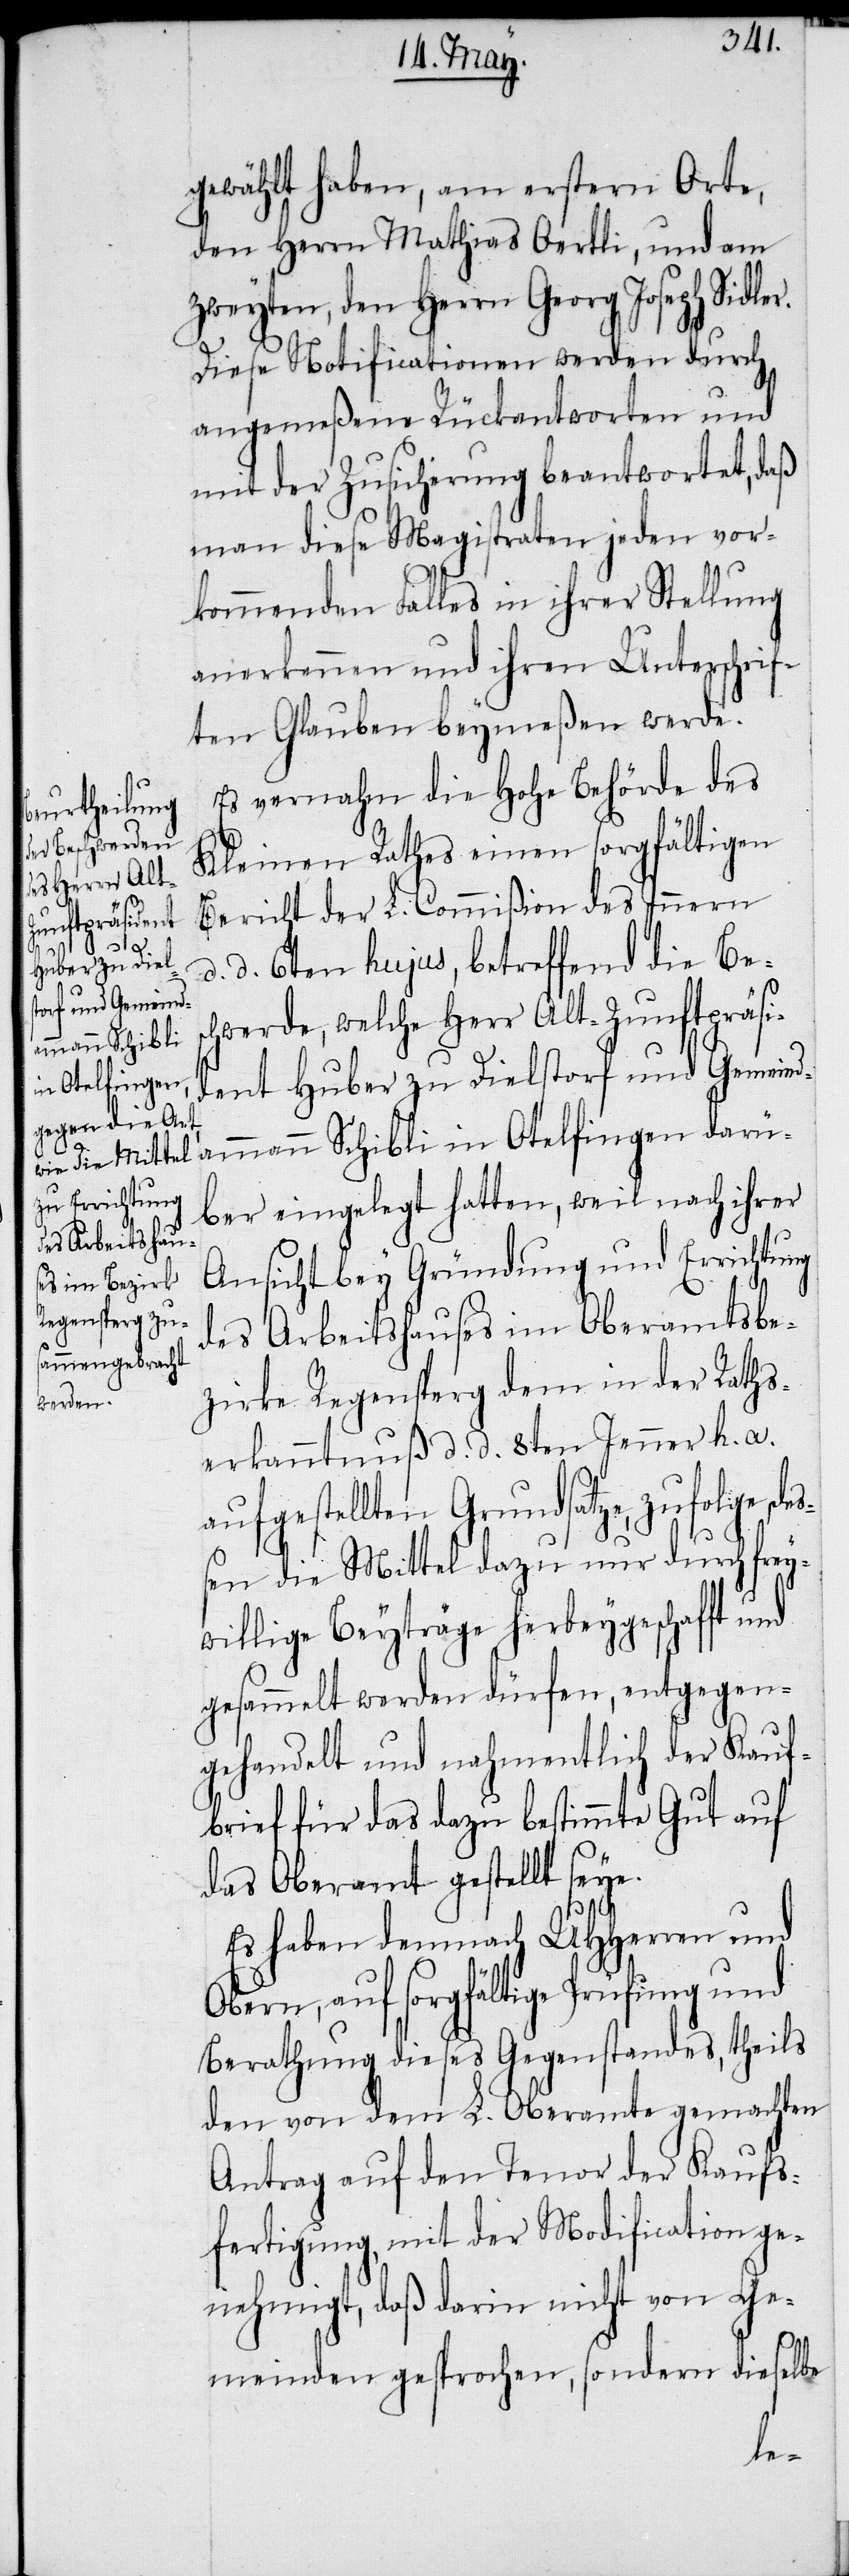
gewählt haben, am erstern Orte,
den Herrn Mathias Oertli, und am
zweyten, den Herrn Georg Joseph Sidler.
Diese Notificationen werden durch
angemeßene Rückantworten und
mit der Zusicherung beantwortet, daß
man diese Magistraten jeden vor¬
kommenden Falls in ihrer Stellung
anerkennen und ihren Unterschrif¬
ten Glauben beymeßen werde.
Es vernahm die Hohe Behörde des
Kleinen Rathes einen sorgfältigen
Bericht der L. Commißion des Innern
d. d. 6ten hujus, betreffend die Bes¬
chwerde, welche Herr Alt-Zunftpräsi¬
dent Huber zu Dielstorf und Gemeind¬
ammann Schibli in Otelfingen darü¬
ber eingelegt hatten, weil nach ihrer
Ansicht bey Gründung und Errichtung
des Arbeitshauses im Oberamtsbe¬
zirke Regensperg dem in der Raths¬
erkanntnuß d. d. 8ten Jenner h. a.
aufgestellten Grundsatze, zufolge de¬
ßen die Mittel dazu nur durch frey¬
willige Beyträge herbeygeschafft und
gesammelt werden dürfen, entgegen¬
gehandelt und nahmentlich der Kauf¬
brief für das dazu bestimmte Gut auf
das Oberamt gestellt seye.
Es haben demnach UHHerren und
Obern, auf sorgfältige Prüfung und
Berathung dieses Gegenstandes, theils
den von dem L. Oberamte gemachten
Antrag auf den Tenor der Kaufs¬
fertigung, mit der Modification ge¬
nehmigt, daß darin nicht von Ge¬
meinden gesprochen, sondern dieselbe